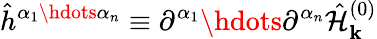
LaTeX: \hat{h}^{\alpha_{1}\hdots\alpha_{n}}\equiv\partial^{\alpha_{1}}\hdots\partial^{\alpha_{n}}\hat{\mathcal{H}}_{\mathbf{k}}^{(0)}